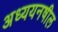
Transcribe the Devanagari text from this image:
अध्ययनषील